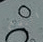
النفخ